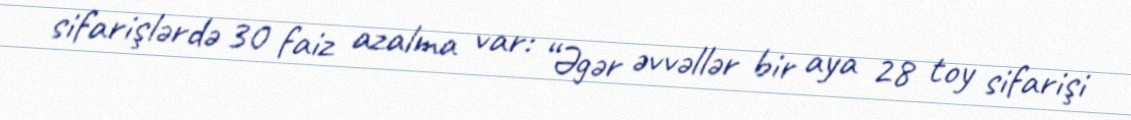
sifarişlərdə 30 faiz azalma var: “Əgər əvvəllər bir aya 28 toy sifarişi